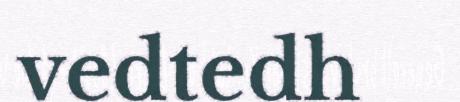
vedtedh